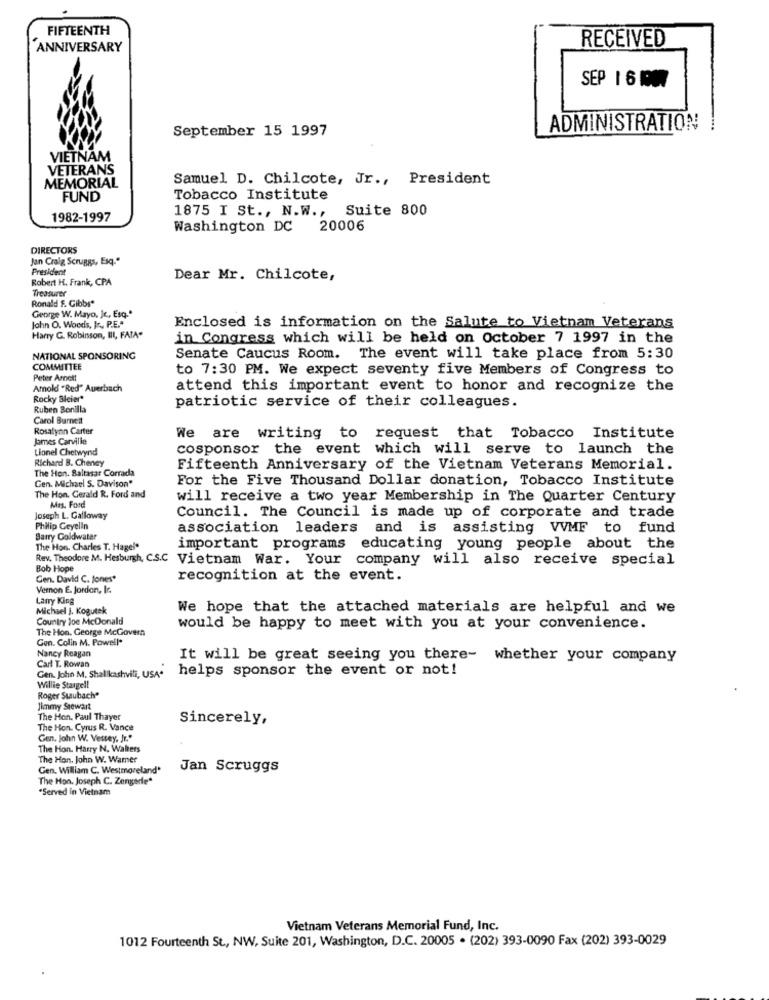
FIFTEENTH
RECEIVED
ANNIVERSARY
SEP 161007
September 15 1997
ADMINISTRATION
VIETNAM
VETERANS
Samuel D. Chilcote, Jr ., President
MEMORIAL
FUND
Tobacco Institute
1875 I St ., N.W .,
Suite 800
1982-1997
Washington DC 20006
DIRECTORS
Jan Craig Scruggs, Esq."
President
Robert H. Frank, CPA
Dear Mr. Chilcote,
Treasurer
Ronald F. Gibbs"
George W. Mayo, Je, Esq.
John O. Woods, Jr ., P.E."
Enclosed is information on the Salute to Vietnam Veterans
Harry G. Robinson, III, FAIA"
in Congress which will be held on October 7 1997 in the
NATIONAL SPONSORING
Senate Caucus Room. The event will take place from 5:30
COMMITTEE
to 7:30 PM. We expect seventy five Members of Congress to
Peter Amnet!
Amold "Red" Auerbach
attend this important event to honor and recognize the
Rocky Bleier*
Ruben Bonilla
patriotic service of their colleagues.
Carol Burnett
Rosalynn Carter
James Carville
We are writing to request that Tobacco Institute
Lionel Chetwynd
cosponsor the event which will serve to launch the
Richard B. Cheney
The Hon. Baltasar Corrada
Fifteenth Anniversary of the Vietnam Veterans Memorial.
Gen. Michael S. Davison"
For the Five Thousand Dollar donation, Tobacco Institute
The Hon. Gerald R. Ford and
Mrs. Ford
will receive a two year Membership in The Quarter Century
Joseph L. Galloway
Council. The Council is made up of corporate and trade
Philip Ceyelin
association leaders and is assisting VVMF to fund
Barry Goldwater
The Hon. Charles T. Hagel"
important programs educating young people about the
Rev. Theodore M. Hesburgh, CSC Vietnam War. Your company will also receive special
Bob Hope
Cen. David C. Jones*
recognition at the event.
Vernon E. Jorden, Ic.
Larry King
Michael J. Kogutek
We hope that the attached materials are helpful and we
Country Joe McDonald
The Hon. George McGovern
would be happy to meet with you at your convenience.
Gen. Colin M. Powell*
Nancy Reagan
It will be great seeing you there- whether your company
Carl T. Rowan
helps sponsor the event or not!
Gen. John M. Shallkashvili, USA*
Willie Stargell
Roger Staubach®
Jimmy Stewart
The Hon, Paul Thayer
Sincerely,
The Hon. Cyrus R. Vance
Gen. John W. Vessey, Jr."
The Hon. Harry N. Walters
The Hon. John W. Warner
Gen. William C. Westmoreland'
Jan Scruggs
The Hon. Joseph C. Zengade"
"Served in Vietnam
Vietnam Veterans Memorial Fund, Inc.
1012 Fourteenth St ., NW, Suite 201, Washington, D.C. 20005 . (202) 393-0090 Fax (202) 393-0029